Report on sanitation, dispensaries, and jails in Rajputana for 1920, and on vaccination for the year 1920-1921 - 1920-1921
Year: 1920
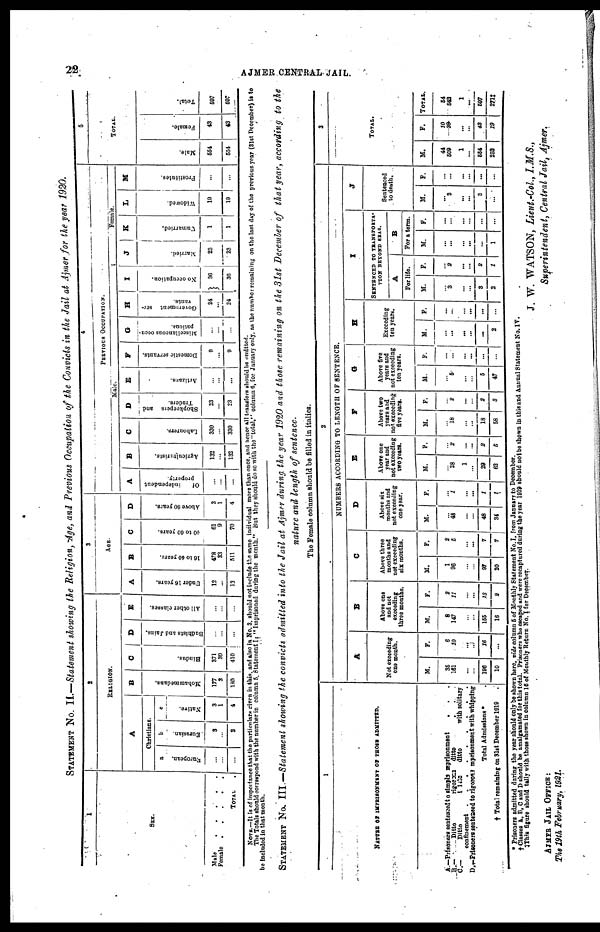
22
AJMER CENTRAL JAIL.
STATEMENT No. II.—Statement showing the Religion, Age, and Previous Occupation of the Convicts in the Jail at Ajmer for the year 1920.
1
SEX.
Male . . . . . . .
Female . . . . . .
TOTAL .
2
RELIGION.
A
Christians.
a
European.
...
...
...
b
Eurasian.
3
...
3
c
Native.
3
1
4
B
Mohammedans.
177
3
180
C
Hindus.
371
30
410
D
Badhists and Jains.
...
...
...
E
All other classes.
...
...
...
3
AGE.
A
Under 16 years.
12
...
13
B
16 to 40 years.
478
33
511
C
40 to 60 years.
61
9
70
D
Above 60 years.
3
1
4
4
PERVIOUS OCCUPATION.
Male.
A
Of
independent
property.
...
...
...
B
Agriculturists.
132
...
132
C
Labourers.
330
...
330
D
Shopkeepers and
Traders.
23
...
23
E
Artizans.
...
...
...
F
Domestic spirants.
9
...
9
G
Miscellaneous occu-
pations.
...
...
...
H
Government ser-
vants.
24
...
34
I
No occupation.
36
36
Female.
J
Married.
23
23
K
Unmarried.
1
1
L
Widowed.
19
19
M
Prostitntes.
...
...
5
TOTAL.
Male.
554
554
Female.
43
43
Total.
597
597
NOTE.—It is of importance that the particulars given in this and also in No 3. should not include the same individual more than once and hence all transfers
should
be
omitted.
The Totals should correspond with the number in column 5. Statement I " Imprisoned during the month." But they should do so with the"total," column 6, for January only, as the number remaining on the last day of the previous year (31st December) is to
be included in that month.
STATEMENT No. III.—Statement showing the convicts admitted into the Jail at Ajmer during the year 1920 and those remaining on the 31st December of that year, according to the
nature and length of sentence.
The Female column should be filled in italics.
1
NATURE OF IMPRISONMENT OF THOSE ADMITTED.
A.—Prisoners sentenced to simpls mprisonment . . .
B.—
Ditto
rigoross ditto . . .
C.— Ditto ditto ditto with solitary
confinement . . . . . .
D.—Prisoners sentenced rigoross mprisoment with whipping
Total Admissions *
† Total remaining on 31st December 1919
2
NUMBERS ACCORDING TO LENGTH OF SENTENCE.
A
Not exceeding
one month.
M.
35
161
...
...
196
10
F.
6
10
...
...
16
...
B
Above one
and not
exceeding
three months.
M.
8
147
...
...
155
16
F.
2
11
...
...
13
2
C
Above three
months and
not exceeding
six months.
M.
1
96
...
...
97
20
F.
2
5
...
...
7
7
D
Above six
months and
not exceeding
one year.
M.
...
48
...
...
48
34
F.
...
1
...
...
1
1
E
Above one
year and
not exceeding
two years.
M.
...
28
1
...
29
62
F.
...
2
...
...
2
5
F
Above two
years and
not exceeding
five years.
M.
...
18
...
...
18
58
F.
...
2
...
...
2
3
G
Above five
years and
not exceeding
ten years.
M.
...
5
...
...
5
47
F.
...
...
...
...
...
...
H
Exceeding
ten years.
M.
...
...
...
...
...
2
F.
...
...
...
...
...
...
I
SENTENCED TO TRANSPORTA-
TION BEYOND SEAS.
A
For life.
M.
...
3
...
...
3
2
F.
...
2
...
...
2
1
B
For a term.
M.
...
...
...
...
...
1
F.
...
...
...
...
...
...
J
Sentenced
to death.
M.
...
3
...
...
3
...
F.
...
...
...
...
...
...
3
TOTAL.
M.
44
509
1
...
554
252
F.
10
30
...
...
43
19
TOTAL.
54
542
1
...
597
271‡
* Prisoners admitted during the year should only be shown here, vide column 5 of Monthly Statement No. I. from January to December.
† Classes A, B, C and D should be amalgamated for this total. Prisoners who escaped and were recaptured during the year 1919 should not be shown in this and Annual Statement No. IV.
‡ This figure should tally with those shown in column 16 of Monthly Return No. I for December.
AJMER JAIL OFFICE:
The 19th February, 1921.
J. W. WATSON, Lieut.-Col., I.M.S.,
Superintendent, Central Jail, Ajmer.